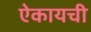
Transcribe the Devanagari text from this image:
ऐकायची